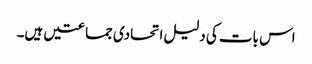
اس بات کی دلیل اتحادی جماعتیں ہیں۔